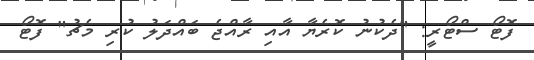
ފޮޓޯ ސްޓޯރީ: "ދެކުނު ކޮރެޔާ އާއި ރާއްޖެ ބައްދަލު ކުރި މެޗު" ފޮޓޯ